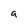
Character: 9